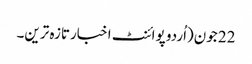
22 جون(اُردو پوائنٹ اخبارتازہ ترین۔